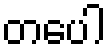
တပေါ